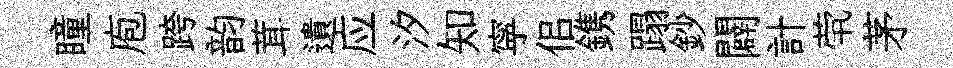
瞳庖跨韵茸遺应汐知寜佀鎸蹋鈔闢計茕茅